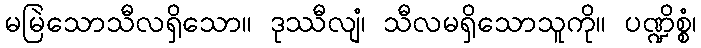
မမြဲသောသီလရှိသော။ ဒုဿီလျံ၊ သီလမရှိသောသူကို။ ပဏ္ဍိစ္စံ၊